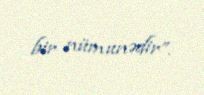
bir nümunədir”.